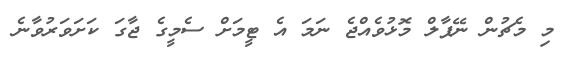
މި މެޗުން ނޭޕާލް މޮޅުވެއްޖެ ނަމަ އެ ޓީމަށް ސެމީގެ ޖާގަ ކަށަވަރުވާނެ